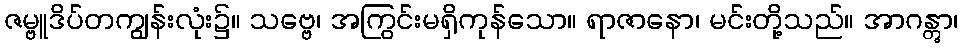
ဇမ္ဗူဒိပ်တကျွန်းလုံး၌။ သဗ္ဗေ၊ အကြွင်းမရှိကုန်သော။ ရာဇာနော၊ မင်းတို့သည်။ အာဂန္တွာ၊